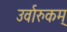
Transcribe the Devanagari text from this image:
उर्वारुकम्